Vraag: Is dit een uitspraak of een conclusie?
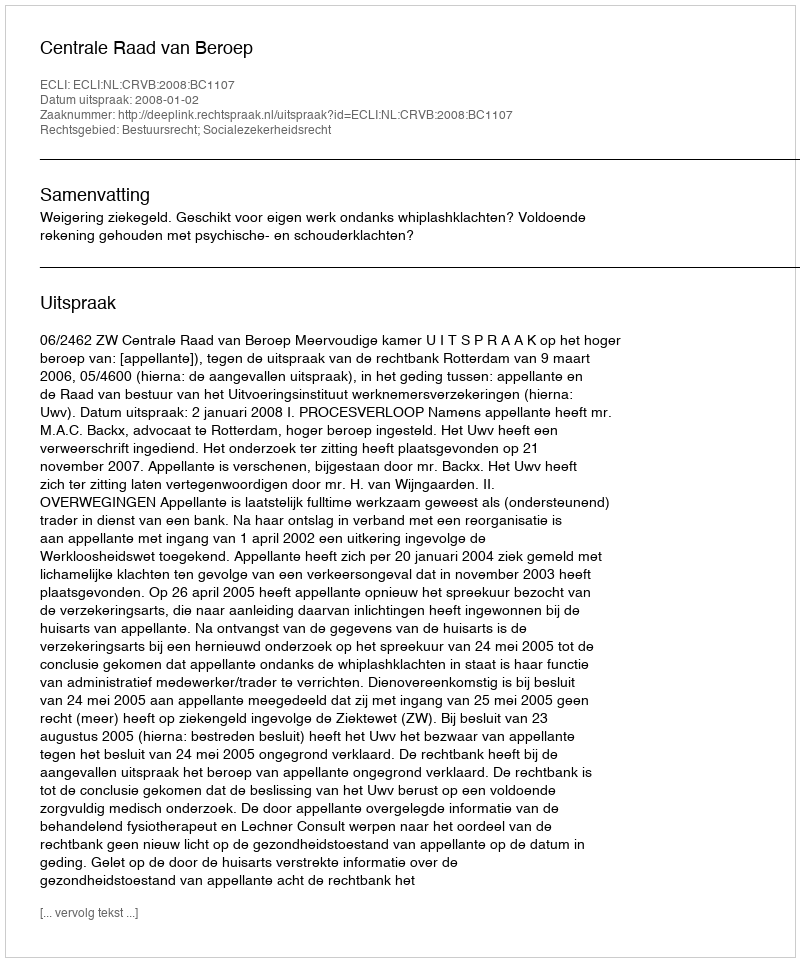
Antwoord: Uitspraak